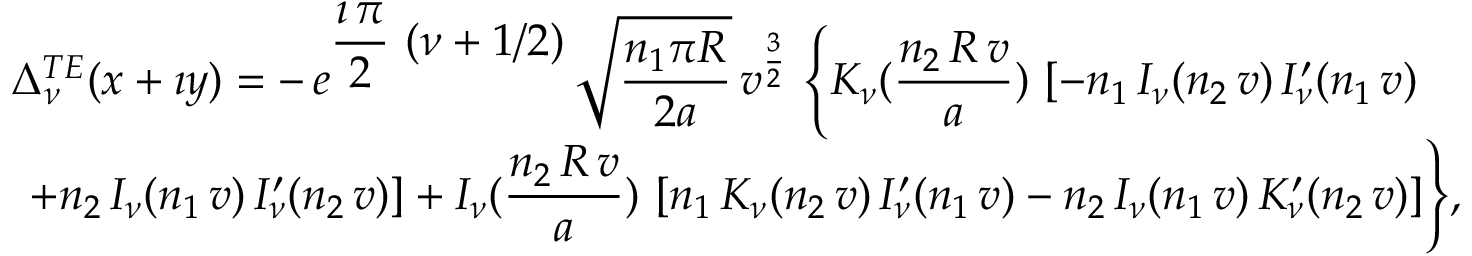
\begin{array} { c } { { \Delta _ { \nu } ^ { T E } ( x + \imath y ) = \displaystyle { - \, e ^ { \displaystyle { \frac { \imath \, \pi } { 2 } \, \left( \nu + 1 / 2 \right) } } \, { \sqrt { \frac { n _ { 1 } \pi R } { 2 a } } } \, } \displaystyle { { v } ^ { \frac { 3 } { 2 } } \, \left\{ K _ { \nu } ( \frac { n _ { 2 } \, R \, v } { a } ) \, \left[ - n _ { 1 } \, I _ { \nu } ( n _ { 2 } \, v ) \, I _ { \nu } ^ { \prime } ( n _ { 1 } \, v ) \right. \right. } } } \\ { { \displaystyle { \phantom { \frac { 1 } { 1 } } \left. \left. + n _ { 2 } \, I _ { \nu } ( n _ { 1 } \, v ) \, I _ { \nu } ^ { \prime } ( n _ { 2 } \, v ) \right] + I _ { \nu } ( \frac { n _ { 2 } \, R \, v } { a } ) \, \left[ n _ { 1 } \, K _ { \nu } ( n _ { 2 } \, v ) \, I _ { \nu } ^ { \prime } ( n _ { 1 } \, v ) - n _ { 2 } \, I _ { \nu } ( n _ { 1 } \, v ) \, K _ { \nu } ^ { \prime } ( n _ { 2 } \, v ) \right] \right\} } , } } \end{array}